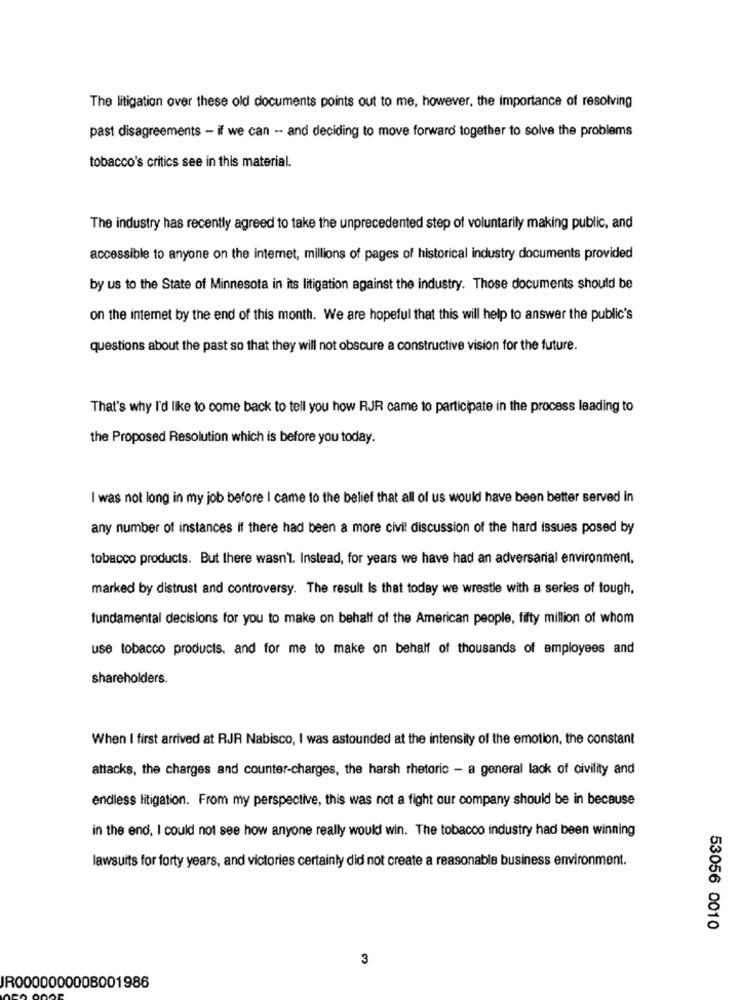
The litigation over these old documents points out to me, however, the importance of resolving
past disagreements - if we can -- and deciding to move forward together to solve the problems
tobacco's critics see in this material.
The industry has recently agreed to take the unprecedented step of voluntarily making public, and
accessible to anyone on the internet, millions of pages of historical industry documents provided
by us to the State of Minnesota in its litigation against the industry. Those documents should be
on the internet by the end of this month. We are hopeful that this will help to answer the public's
questions about the past so that they will not obscure a constructive vision for the future.
That's why I'd like to come back to tell you how RJR came to participate in the process leading to
the Proposed Resolution which is before you today.
I was not long in my job before I came to the belief that all of us would have been better served in
any number of instances if there had been a more civil discussion of the hard issues posed by
tobacco products. But there wasn't. Instead, for years we have had an adversarial environment.
marked by distrust and controversy. The result Is that today we wrestle with a series of tough,
fundamental decisions for you to make on behalf of the American people, fifty million of whom
use tobacco products, and for me to make on behalf of thousands of employees and
shareholders.
When I first arrived at RJR Nabisco, I was astounded at the intensity of the emotion, the constant
attacks, the charges and counter-charges, the harsh rhetoric - a general lack of civility and
endless litigation. From my perspective, this was not a fight our company should be in because
in the end, I could not see how anyone really would win. The tobacco industry had been winning
lawsuits for forty years, and victories certainly did not create a reasonable business environment.
53056 0010
3
JR0000000008001986